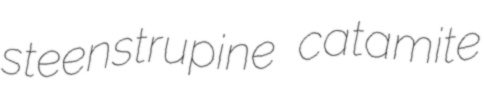
steenstrupine catamite